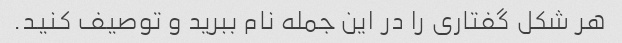
هر شکل گفتاری را در این جمله نام ببرید و توصیف کنید.